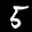
Label: 5